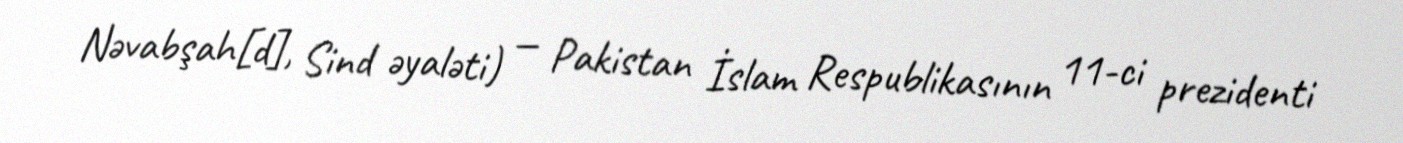
Nəvabşah[d], Sind əyaləti) — Pakistan İslam Respublikasının 11-ci prezidenti